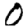
Digit: 0